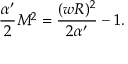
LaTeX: \frac { \alpha ^ { \prime } } 2 M ^ { 2 } = \frac { ( w R ) ^ { 2 } } { 2 \alpha ^ { \prime } } - 1 .